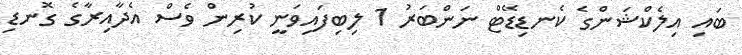
ބައި އިލެކްޝަންގެ ކެނޑިޑޭޓް ނަންބަރު 1 ލިބިފައިވަނީ ކުރިން ވެސް އެދާއިރާގެ ގޮނޑި